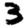
Digit: 3